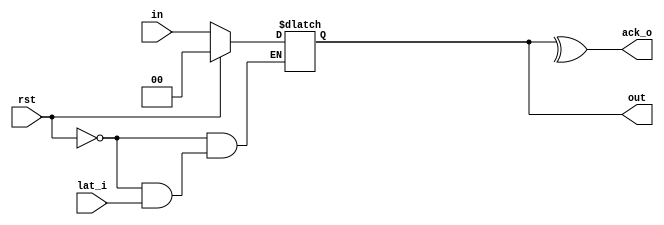
`timescale 1ns / 1ps

(* keep_hierarchy = "yes" *)module el_latch#(
	parameter						RAIL_NUM = 2
)
(
//---------CTRL-----------------------
	input							rst,
//---------LINK-IN--------------------
	input							lat_i,
	input	[RAIL_NUM-1 : 0]		in,
//---------LINK-OUT-------------------
	output							ack_o,
	output	[RAIL_NUM-1 : 0]		out
//------------------------------------
);

reg [RAIL_NUM-1 : 0] out_r = 0;
wire ack;

assign ack = ^out_r;
assign ack_o = ack;
assign out = out_r;

always@(*)
begin
	if(rst)
	begin
		out_r = 0;
	end
	else
	begin
		if(!lat_i)
		begin
			out_r = in;
		end
	end
end



endmodule